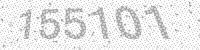
Solution: 155101